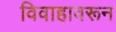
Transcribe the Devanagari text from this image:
विवाहावरून